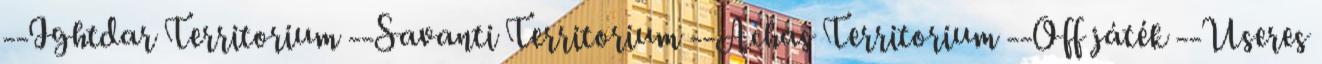
--Ightdar Territorium --Savanti Territorium --Achas Territorium --Off játék --Useres